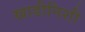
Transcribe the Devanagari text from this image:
खाडीनिशी